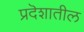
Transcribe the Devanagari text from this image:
प्रदॆशातील